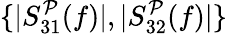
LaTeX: \{ |S_{31}^{\mathcal{P}}(f)|,|S_{32}^{\mathcal{P}}(f)|\}